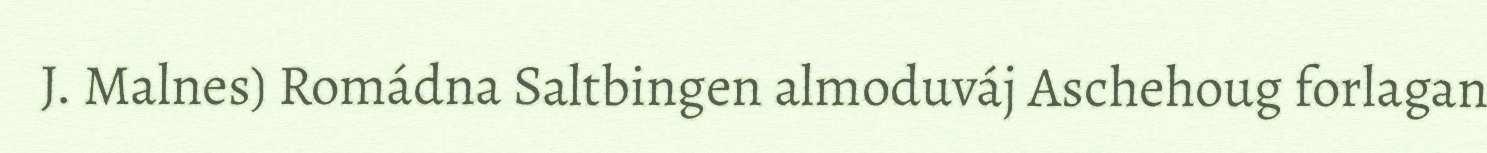
J. Malnes) Romádna Saltbingen almoduváj Aschehoug forlagan